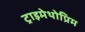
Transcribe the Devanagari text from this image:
ट्राइमेथोप्रिम